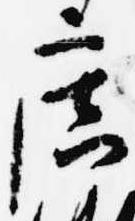
広